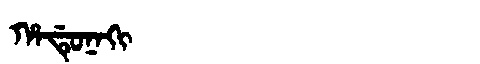
Manchu: ᡥᠠᡩᡠᠨᠠᡴᡳ
Romanization: HADUNAKI